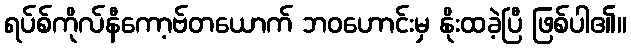
ရပ်စ်ကိုလ်နီကော့ဗ်တယောက် ဘဝဟောင်းမှ နိုးထခဲ့ပြီ ဖြစ်ပါ၏။